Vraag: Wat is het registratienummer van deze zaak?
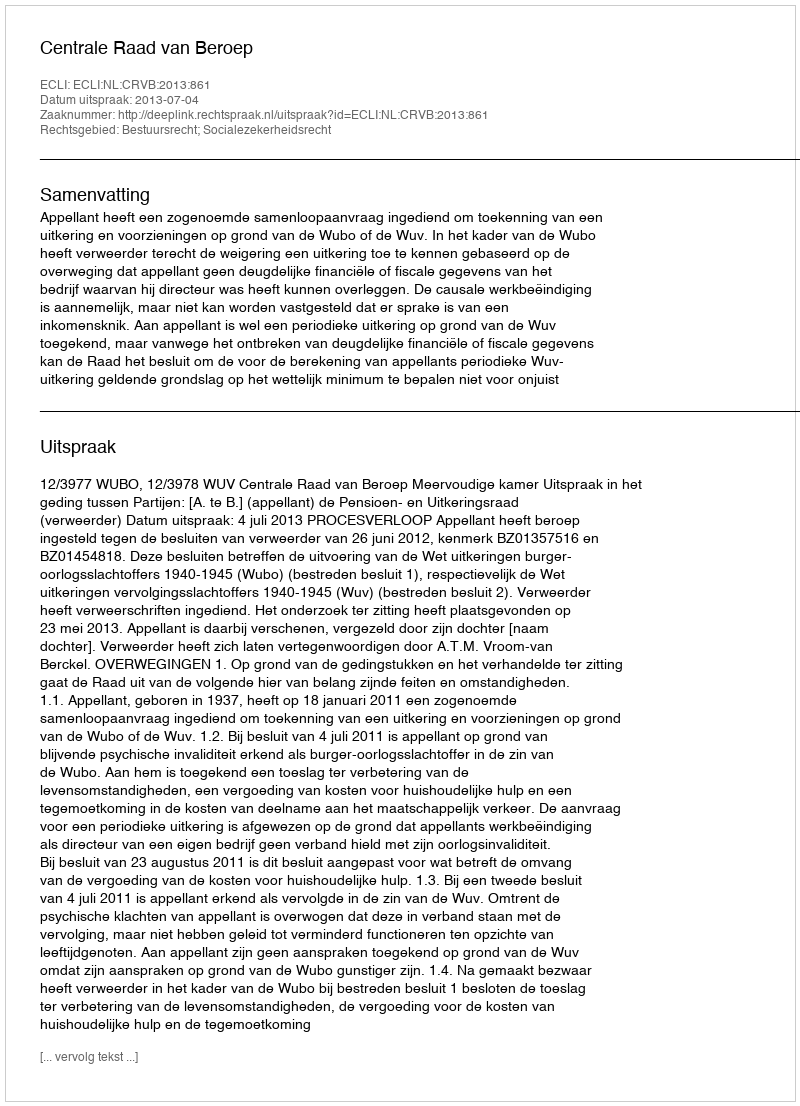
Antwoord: http://deeplink.rechtspraak.nl/uitspraak?id=ECLI:NL:CRVB:2013:861